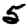
Digit: 5